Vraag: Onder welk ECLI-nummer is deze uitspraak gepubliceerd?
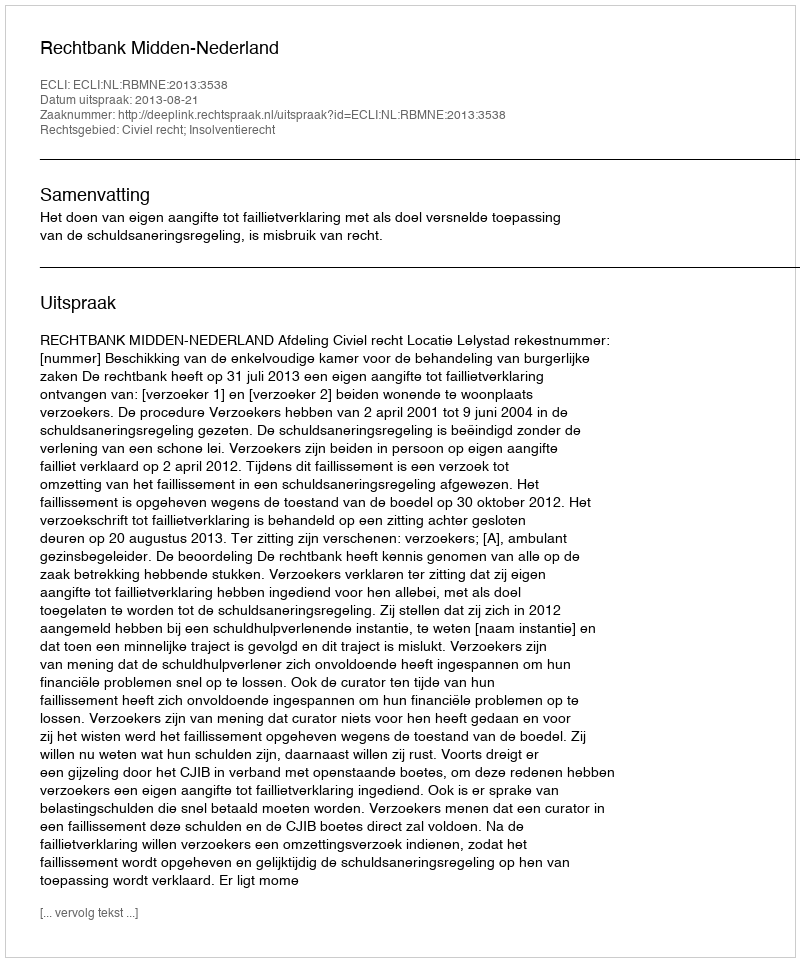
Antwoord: ECLI:NL:RBMNE:2013:3538